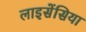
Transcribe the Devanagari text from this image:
लाइसेंसिया